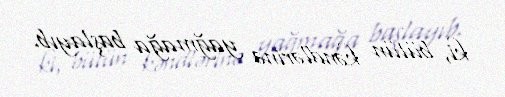
ki, bütün kəndlərinə yağmağa başlayıb.